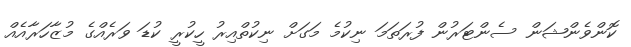
ކޮންވެންޝަން ސެންޓަރުން ފުރަތަމަ ނިކުމެ މަގަށް ނިކުތްއިރު ހީކުރީ ކުޑަ ވަރެއްގެ މުޒާހަރާއެއް